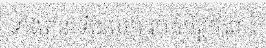
ទាំងតួនាទីដែលត្រូវបដិបត្តិចំពោះ